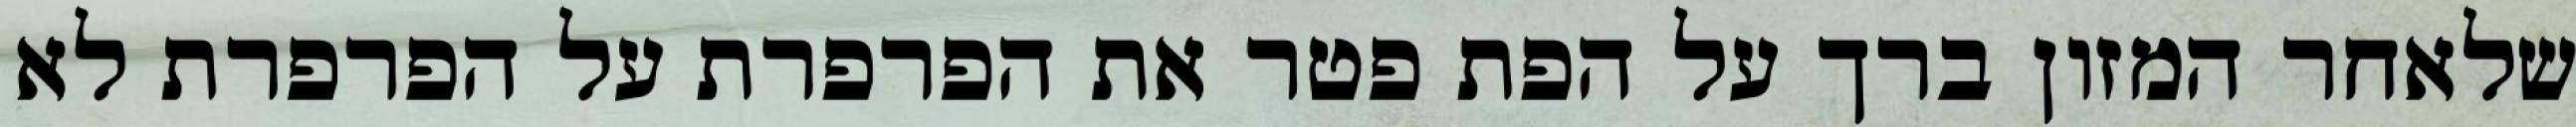
שלאחר המזון ברך על הפת פטר את הפרפרת על הפרפרת לא